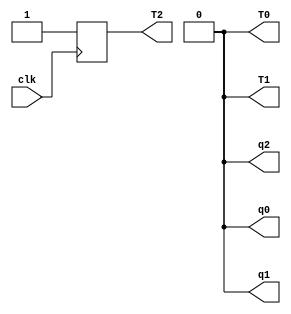
module counter(
	output q0,q1,q2,T0,T1,T2,
	input clk
	);

wire clk;
reg q0,q1,q2,T0,T1,T2;

initial begin
	q0 = 0;
	q1 = 0;
	q2 = 0;
	T0 = 0;
	T1 = 0;
	T2 = 0;
end

always begin
	if(q0 == 1 & q1 ==1 & q2 == 1)
	begin
		q0 = 0;
		q1 = 0;
		q2 = 0;
	end
	#5;
end

always @(posedge clk)
begin
	T0 = (~q0 & q1 & q2);
	T1 = q2;
	T2 = 1;

	q0 <= (T0 ^ q0);
	q1 <= (T1 ^ q1);
	q2 <= (T2 ^ q2);
end
endmodule